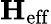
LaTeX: \textbf{H}_{\mathrm{eff}}